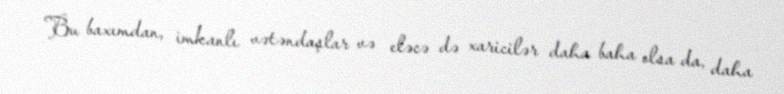
Bu baxımdan, imkanlı vətəndaşlar və eləcə də xaricilər daha baha olsa da, daha